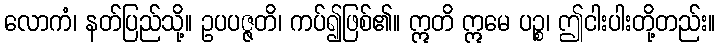
လောကံ၊ နတ်ပြည်သို့။ ဥပပဇ္ဇတိ၊ ကပ်၍ဖြစ်၏။ ဣတိ ဣမေ ပဉ္စ၊ ဤငါးပါးတို့တည်း။